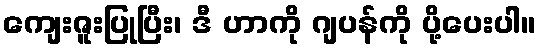
ကျေးဇူးပြုပြီး၊ ဒီ ဟာကို ဂျပန်ကို ပို့ပေးပါ။